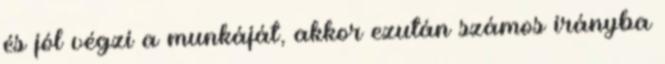
és jól végzi a munkáját, akkor ezután számos irányba